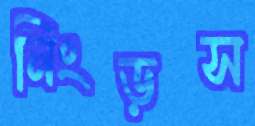
নিংড়স